38_143685_box_Incident_Summaries_101-172
Agency: Department of War
Page 32
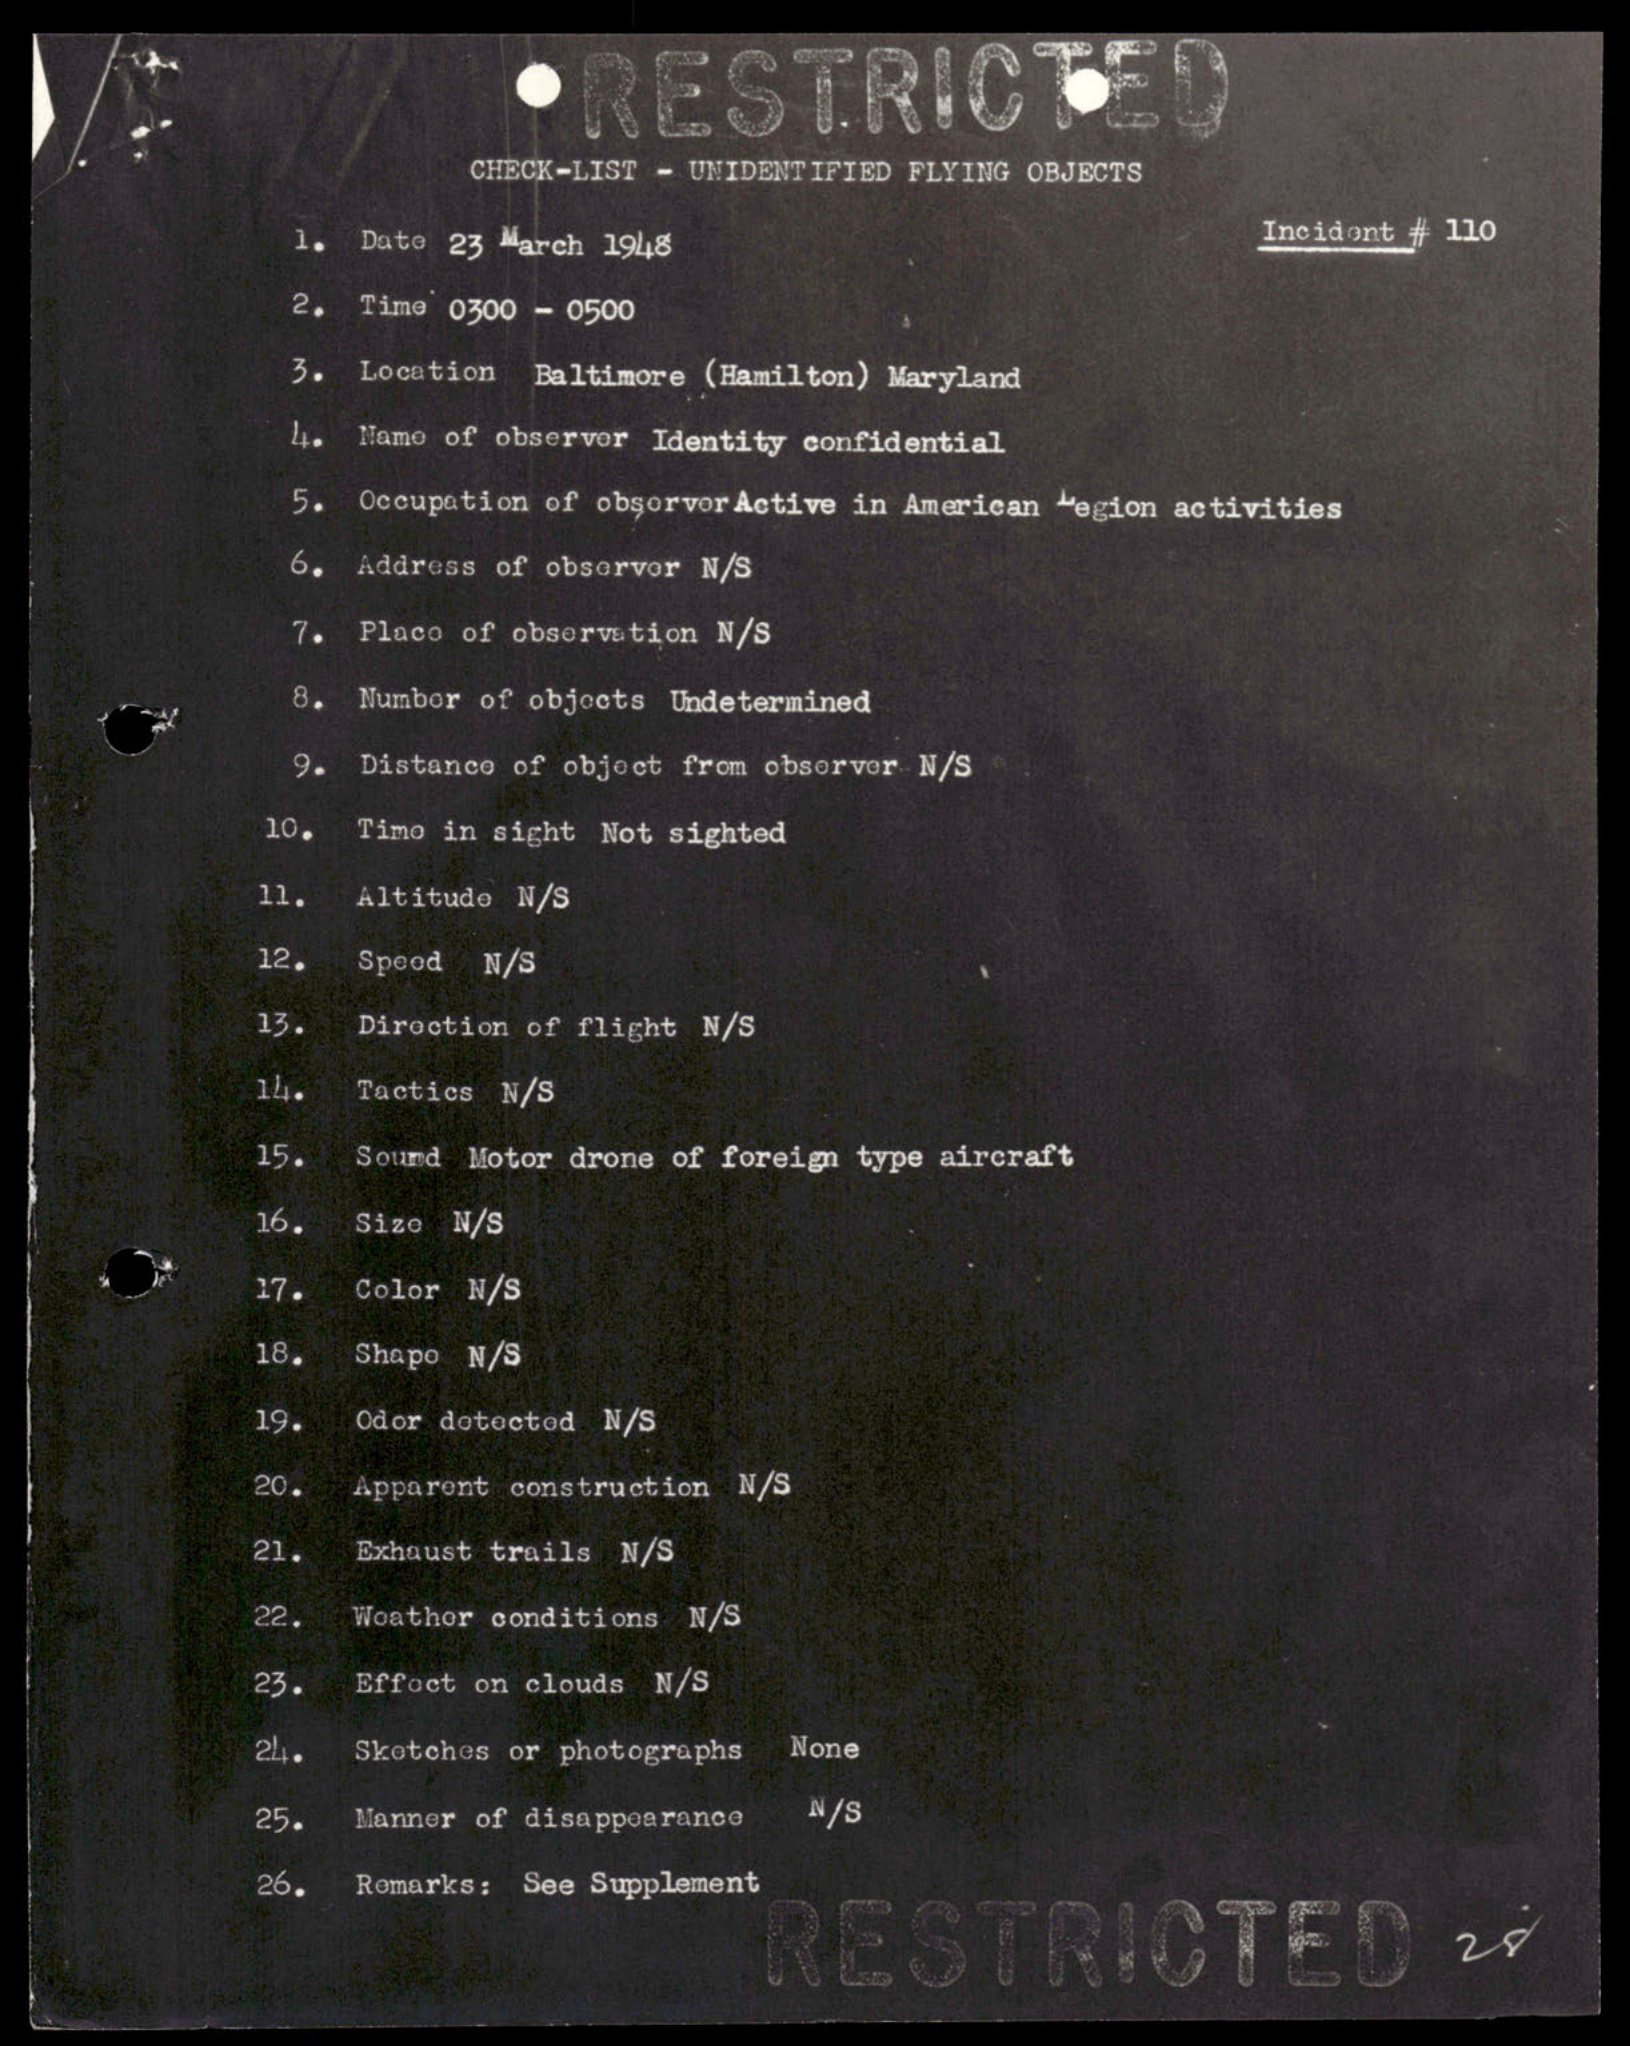